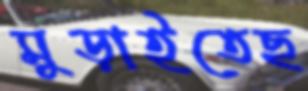
মুড়াইতেছ